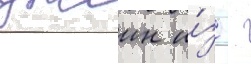
джеин и́з